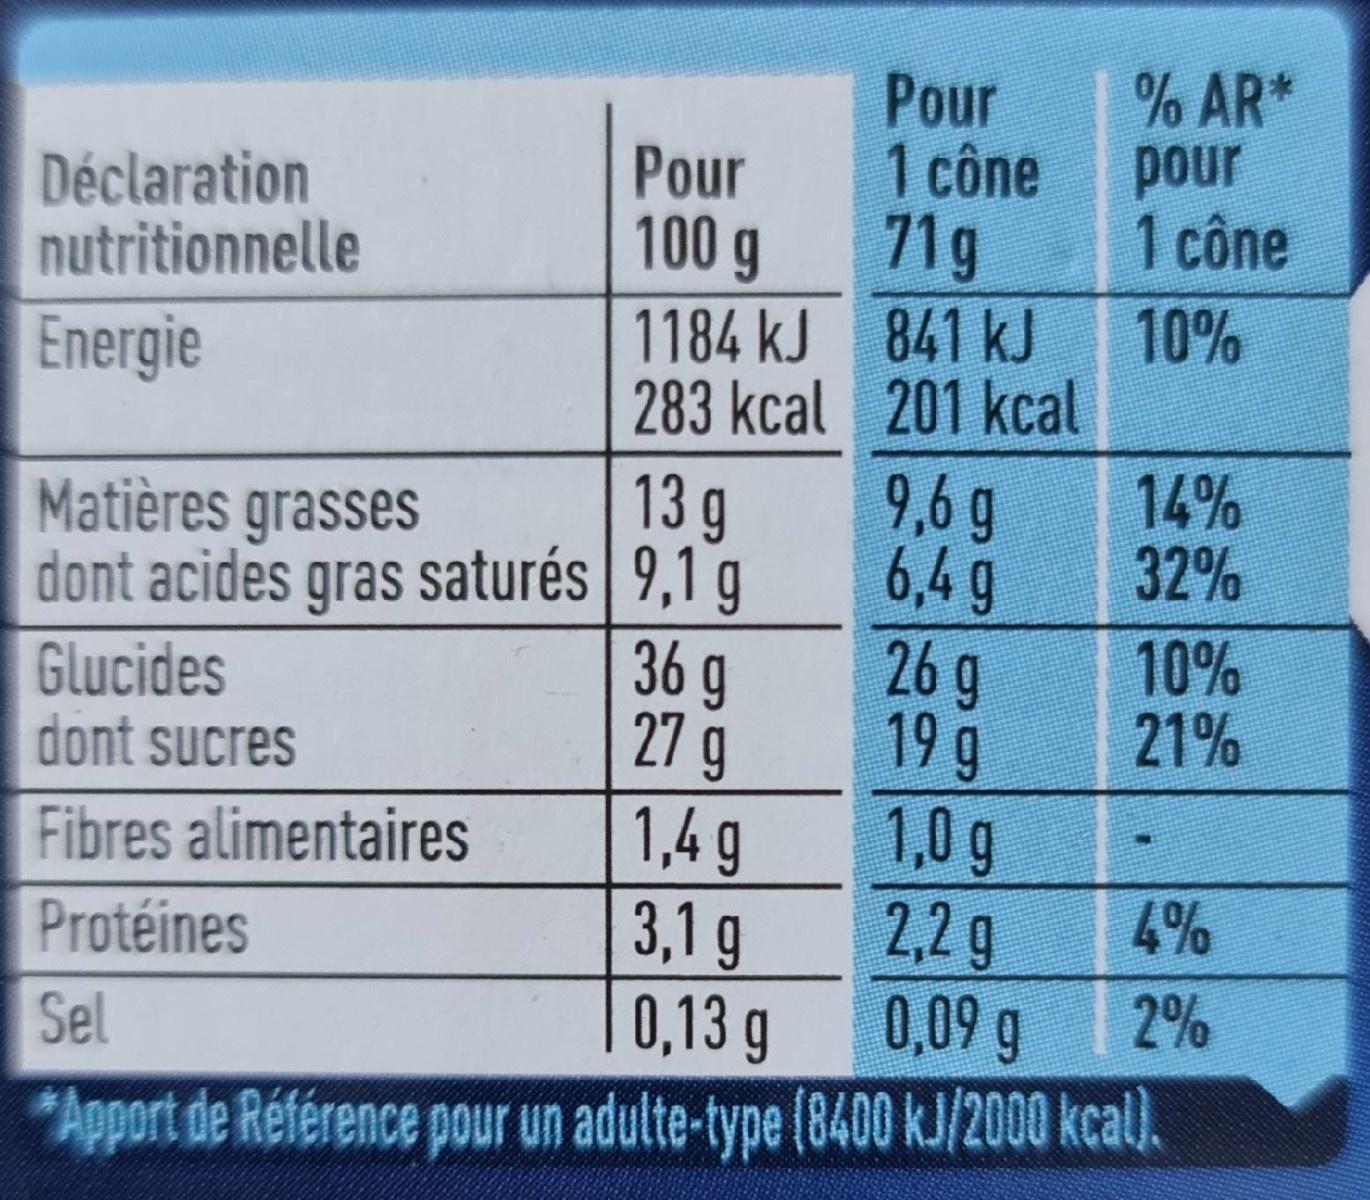
% AR* pour 1 cône
Pour 1 cône 71g 1184 kJ 841 kJ 283 kcal 201 kcal 9,6 g 6,4 g 26 g 19g 1,0 g 2,2 g 0,09 g
Déclaration nutritionnelle
Pour 100 g
10%
Energie
14% 32%
13 g dont acides gras saturés | 9,1 g 36 g 27 g 1,4 g 3,1 g |0,13 g
Matières grasses
Glucides dont sucres
10% 21%
Fibres alimentaires
4%
Protéines
Sel
2%
*Apport de Référence pour un adulte-type (8400 kJ/2000 kcal).